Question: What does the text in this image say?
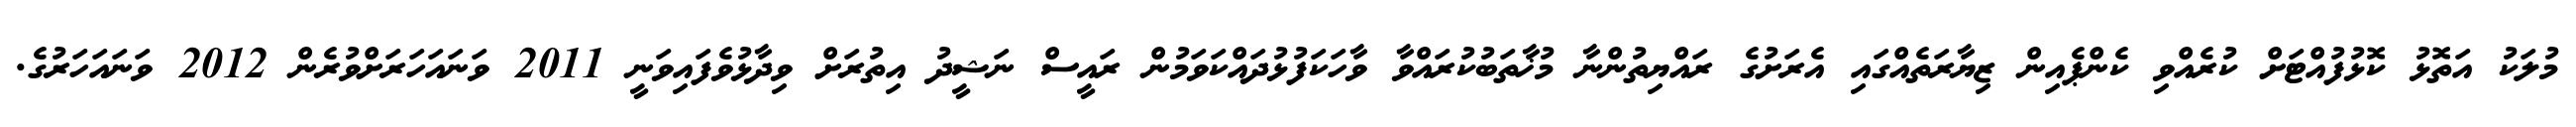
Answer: މުލަކު އަތޮޅު ކޮޅުފުއްޓަށް ކުރެއްވި ކެންޕެއިން ޒިޔާރަތެއްގައި އެރަށުގެ ރައްޔިތުންނާ މުޚާތަބުކުރައްވާ ވާހަކަފުޅުދައްކަވަމުން ރައީސް ނަޝީދު އިތުރަށް ވިދާޅުވެފައިވަނީ 2011 ވަނައަހަރަށްވުރެން 2012 ވަނައަހަރުގެ.